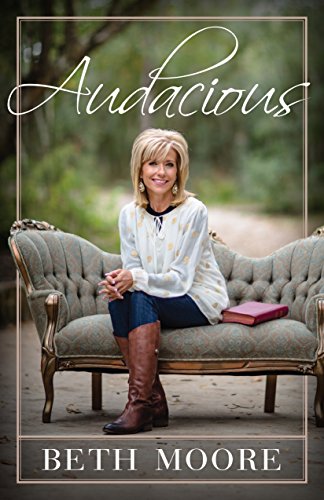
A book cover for Audacious; Beth Moore; Christian Books & Bibles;